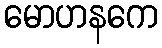
မောဟနကေ